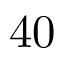
4 0